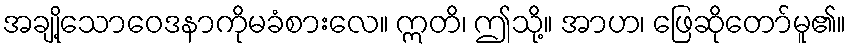
အချို့သောဝေဒနာကိုမခံစားလေ။ ဣတိ၊ ဤသို့။ အာဟ၊ ဖြေဆိုတော်မူ၏။